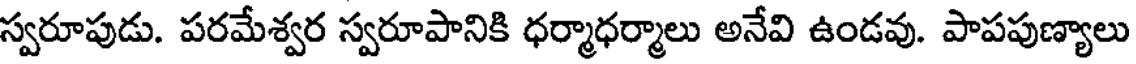
స్వరూపుడు. పరమేశ్వర స్వరూపానికి ధర్మాధర్మాలు అనేవి ఉండవు. పాపపుణ్యాలు